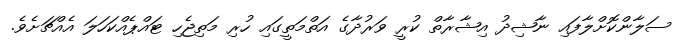
ސަލާންކޮށްލާފައި ނާޝިދު އިޝާރާތް ކުރީ ވަރުދާގެ އަތްމަތީގައި ހުރި މަތިޖެހި ޓައްޕެއްކަހަލަ އެއްޗަށެވެ.